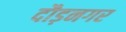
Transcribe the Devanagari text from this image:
दौड़नगर